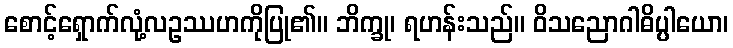
စောင့်ရှောက်လုံ့လဥဿဟကိုပြု၏။ ဘိက္ခု၊ ရဟန်းသည်။ ဝိသညောဂါဓိပ္ပါယော၊